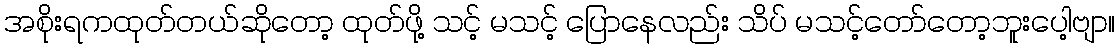
အစိုးရကထုတ်တယ်ဆိုတော့ ထုတ်ဖို့ သင့် မသင့် ပြောနေလည်း သိပ် မသင့်တော်တော့ဘူးပေါ့ဗျာ။